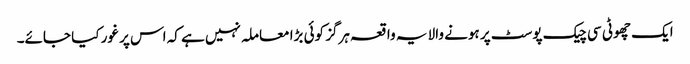
ایک چھوٹی سی چیک پوسٹ پر ہونے والا یہ واقعہ ہرگز کوئی بڑا معاملہ نہیں ہے کہ اس پر غور کیا جائے۔